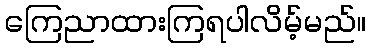
ကြေညာထားကြရပါလိမ့်မည်။